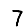
Digit: 7